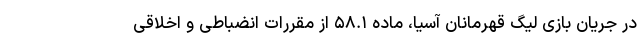
در جریان بازی لیگ قهرمانان آسیا، ماده ۵۸.۱ از مقررات انضباطی و اخلاقی